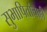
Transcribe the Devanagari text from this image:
सुभाषितांचाही